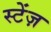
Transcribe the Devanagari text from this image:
स्टेंज़